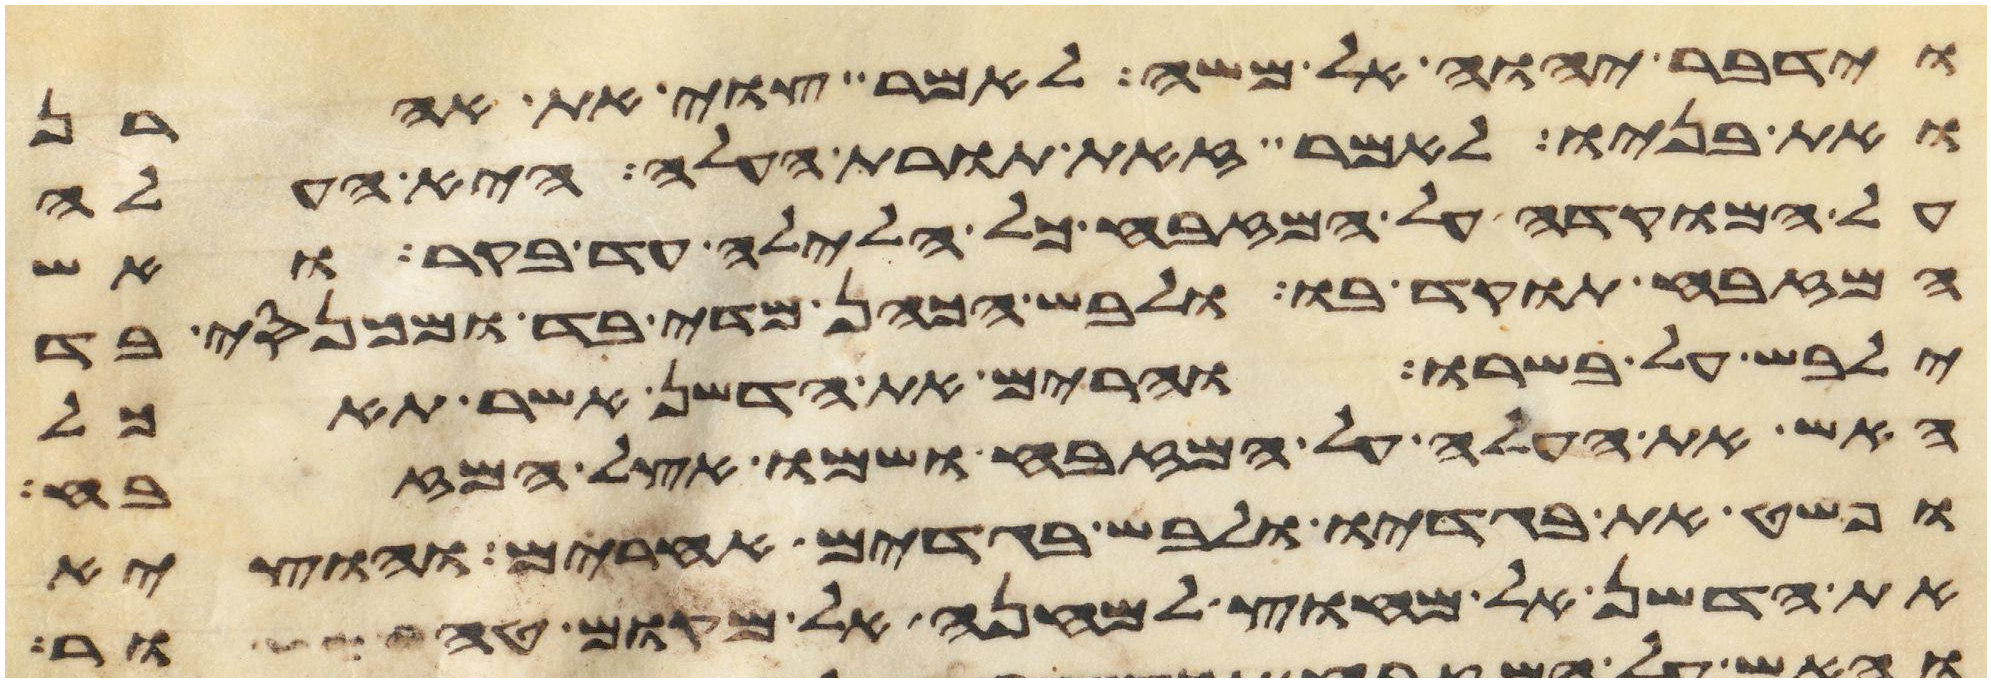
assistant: וידבר יהוה אל משה לאמר צוי את אהרן
ואת בניו לאמר זאת תורת העלה היא העלה
על המוקדה על המזבח כל הלילה עד בקר ואש
המזבח תוקד בו ולבש הכהן מדי בד ומכנסי בד
ילבש על בשרו והרים את הדשן אשר תאכל
האש את העלה על המזבח ושמו אצל המזבח
ופשט את בגדיו ולבש בגדים אחרים והוציא
את הדשן אל מחוץ למחנה אל מקום טהור